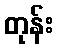
တုန်း